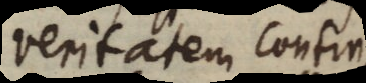
veritatem contin